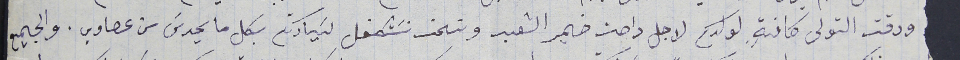
ورقت التولى كافةٍ لولدكم لاجل راحت ضمير الشعب ونحن نسَتكفل لسَيادتكم بكل ما يحدسَ من عصاوي. والجميع